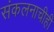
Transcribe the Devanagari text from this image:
संकलनाचीही